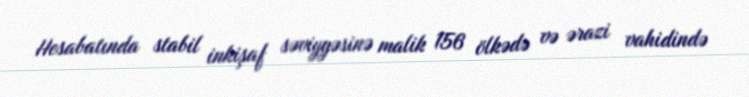
Hesabatında stabil inkişaf səviyyəsinə malik 156 ölkədə və ərazi vahidində